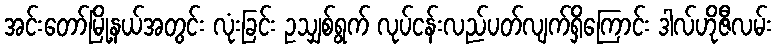
အင်းတော်မြို့နယ်အတွင်း လုံးခြင်း ဥသျှစ်ရွက် လုပ်ငန်းလည်ပတ်လျက်ရှိကြောင်း ဒါလ်ဟိုဇီလမ်း